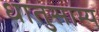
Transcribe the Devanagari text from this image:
धातुसाम्य